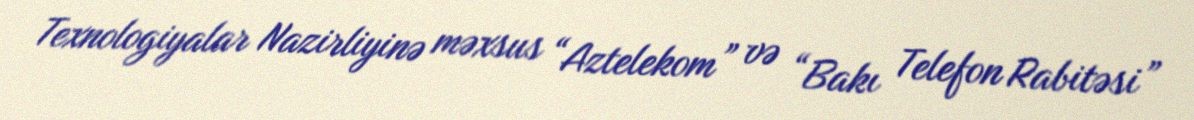
Texnologiyalar Nazirliyinə məxsus “Aztelekom” və “Bakı Telefon Rabitəsi”